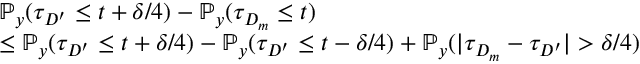
\begin{array} { r l } & { \mathbb { P } _ { y } ( \tau _ { D ^ { \prime } } \le t + \delta / 4 ) - \mathbb { P } _ { y } ( \tau _ { D _ { m } } \le t ) } \\ & { \le \mathbb { P } _ { y } ( \tau _ { D ^ { \prime } } \le t + \delta / 4 ) - \mathbb { P } _ { y } ( \tau _ { D ^ { \prime } } \le t - \delta / 4 ) + \mathbb { P } _ { y } ( | \tau _ { D _ { m } } - \tau _ { D ^ { \prime } } | > \delta / 4 ) } \end{array}